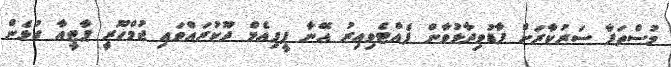
މުސްތަފާ ސަރުކާރަށް ފާޑުވިދާޅުވާން ފެއްޓެވިއިރު އޭނާ ޕީޕިއެމް ދޫކުރައްވައި ޖުމްހޫރީ ޕާޓީއާ ގުޅެން